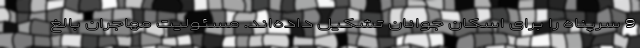
9 سرپناه را برای اسکان جوانان تشکیل داده‌اند. مسئولیت مهاجران بالغ